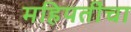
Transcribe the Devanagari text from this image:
महिपतींचा